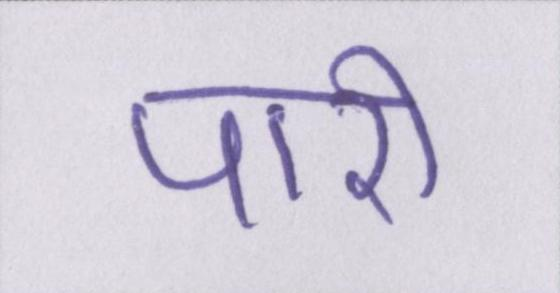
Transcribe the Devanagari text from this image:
पारी